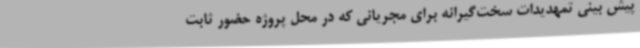
پیش بینی تمهدیدات سخت‌گیرانه برای مجریانی که در محل پروژه حضور ثابت